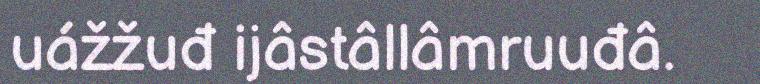
uážžuđ ijâstâllâmruuđâ.